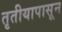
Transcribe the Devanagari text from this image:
तृतीयापासून